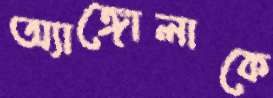
অ্যাঙ্গোলাকে